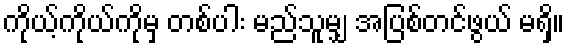
ကိုယ့်ကိုယ်ကိုမှ တစ်ပါး မည်သူမျှ အပြစ်တင်ဖွယ် မရှိ။